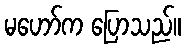
မဟော်က ပြောသည်။